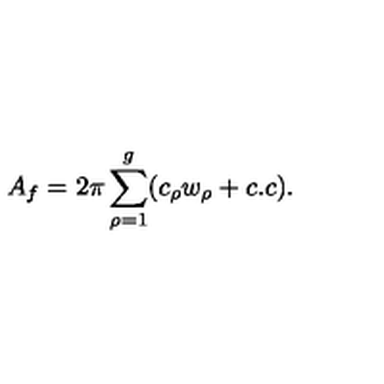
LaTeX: A _ { f } = 2 \pi \sum _ { \rho = 1 } ^ { g } ( c _ { \rho } w _ { \rho } + c . c ) .